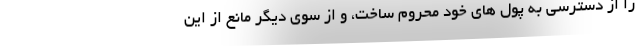
را از دسترسی به پول های خود محروم ساخت، و از سوی دیگر مانع از این